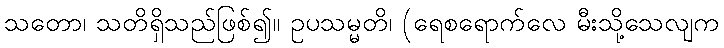
သတော၊ သတိရှိသည်ဖြစ်၍။ ဥပသမ္မတိ၊ (ရေစရောက်လေ မီးသို့သေလျက